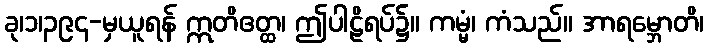
ခု၊၁၊၃၉၄-မှယူရန် ဣတိဧတ္ထ၊ ဤပါဠိရပ်၌။ ကမ္မံ၊ ကံသည်။ အာရမ္ဘောတိ၊